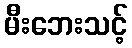
မီးဘေးသင့်